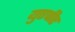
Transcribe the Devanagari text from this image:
युएपीए